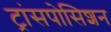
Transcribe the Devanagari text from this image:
ट्रांसपोसिशन